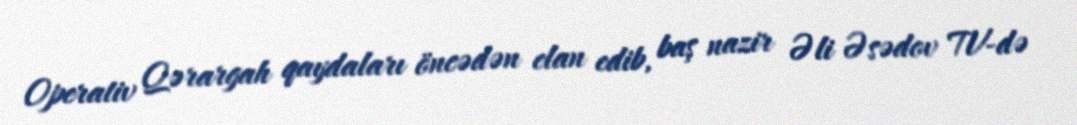
Operativ Qərargah qaydaları öncədən elan edib, baş nazir Əli Əsədov TV-də